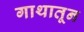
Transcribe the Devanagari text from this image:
गाथातून